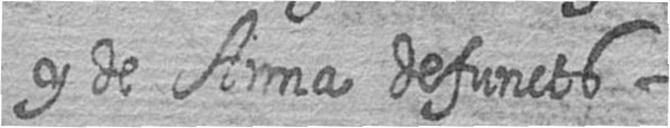
y de Anna defuncts